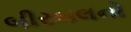
બીરબલનો